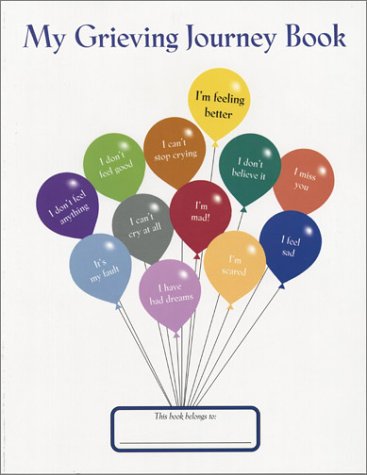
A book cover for My Grieving Journey Book; Donna Shavatt; Self-Help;